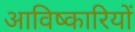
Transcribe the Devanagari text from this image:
आविष्कारियों